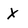
Character: X